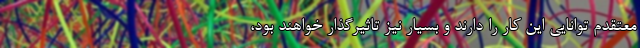
معتقدم توانایی این کار را دارند و بسیار نیز تاثیرگذار خواهند بود،